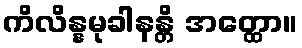
ကိလိန္နမုခါနန္တိ အတ္ထော။